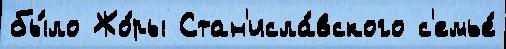
бы́ло Жо́ры Стан'исла́вского с'емье́